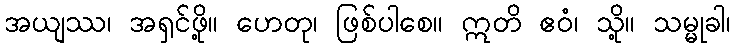
အယျဿ၊ အရှင်ဖို့။ ဟေတု၊ ဖြစ်ပါစေ။ ဣတိ ဧဝံ၊ သို့။ သမ္မုခါ၊